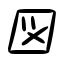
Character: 図